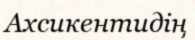
Ахсикентидің